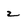
Character: 2